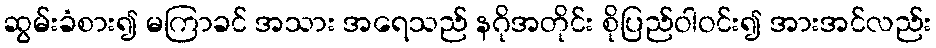
ဆွမ်းခံစား၍ မကြာခင် အသား အရေသည် နဂိုအတိုင်း စိုပြည်ဝါဝင်း၍ အားအင်လည်း